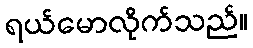
ရယ်မောလိုက်သည်။